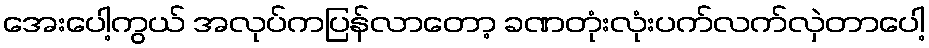
အေးပေါ့ကွယ် အလုပ်ကပြန်လာတော့ ခဏတုံးလုံးပက်လက်လှဲတာပေါ့